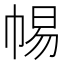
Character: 𢃡